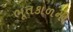
ભૂતકાળની